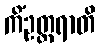
ကိံဥတ္တရာတိ